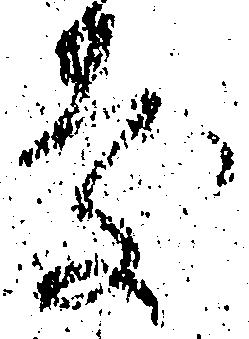
慶